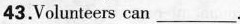
43.Volunteers can ___.